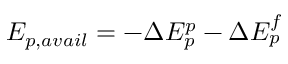
E _ { p , a v a i l } = - \Delta E _ { p } ^ { p } - \Delta E _ { p } ^ { f }